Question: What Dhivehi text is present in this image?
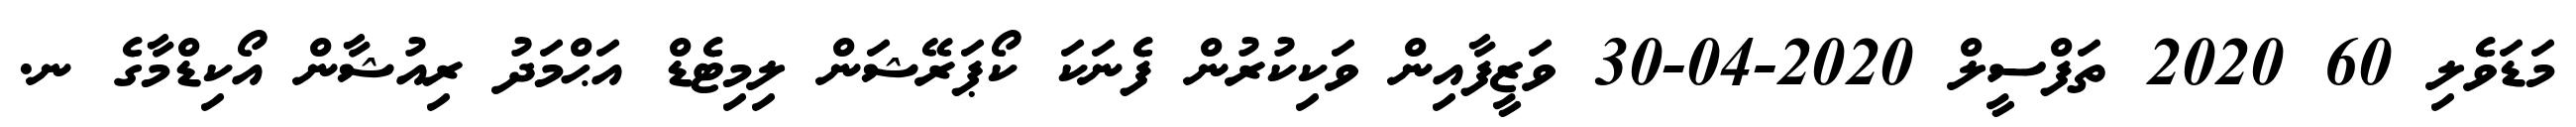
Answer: މަޑަވެލި 60 2020 ތަފްސީލް 2020-04-30 ވަޒީފާއިން ވަކިކުރުން ފެނަކަ ކޯޕަރޭޝަން ލިމިޓެޑް އަޙްމަދު ރިއުޝާން އޯކިޑްމާގެ ނ.